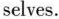
seles.